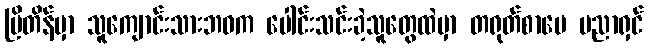
ဗြိတိန်မှာ သူကျောင်းသားဘဝက ပေါင်းသင်းခဲ့သူတွေထဲမှာ တရုတ်စာပေ ပညာရှင်